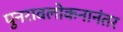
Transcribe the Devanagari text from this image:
पुनरावलोकनानंतर